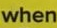
when